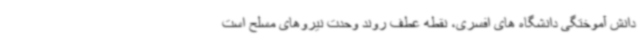
دانش آموختگی دانشگاه های افسری، نقطه عطف روند وحدت نیروهای مسلح است